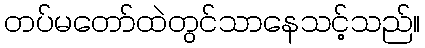
တပ်မတော်ထဲတွင်သာနေသင့်သည်။